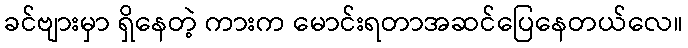
ခင်ဗျားမှာ ရှိနေတဲ့ ကားက မောင်းရတာအဆင်ပြေနေတယ်လေ။